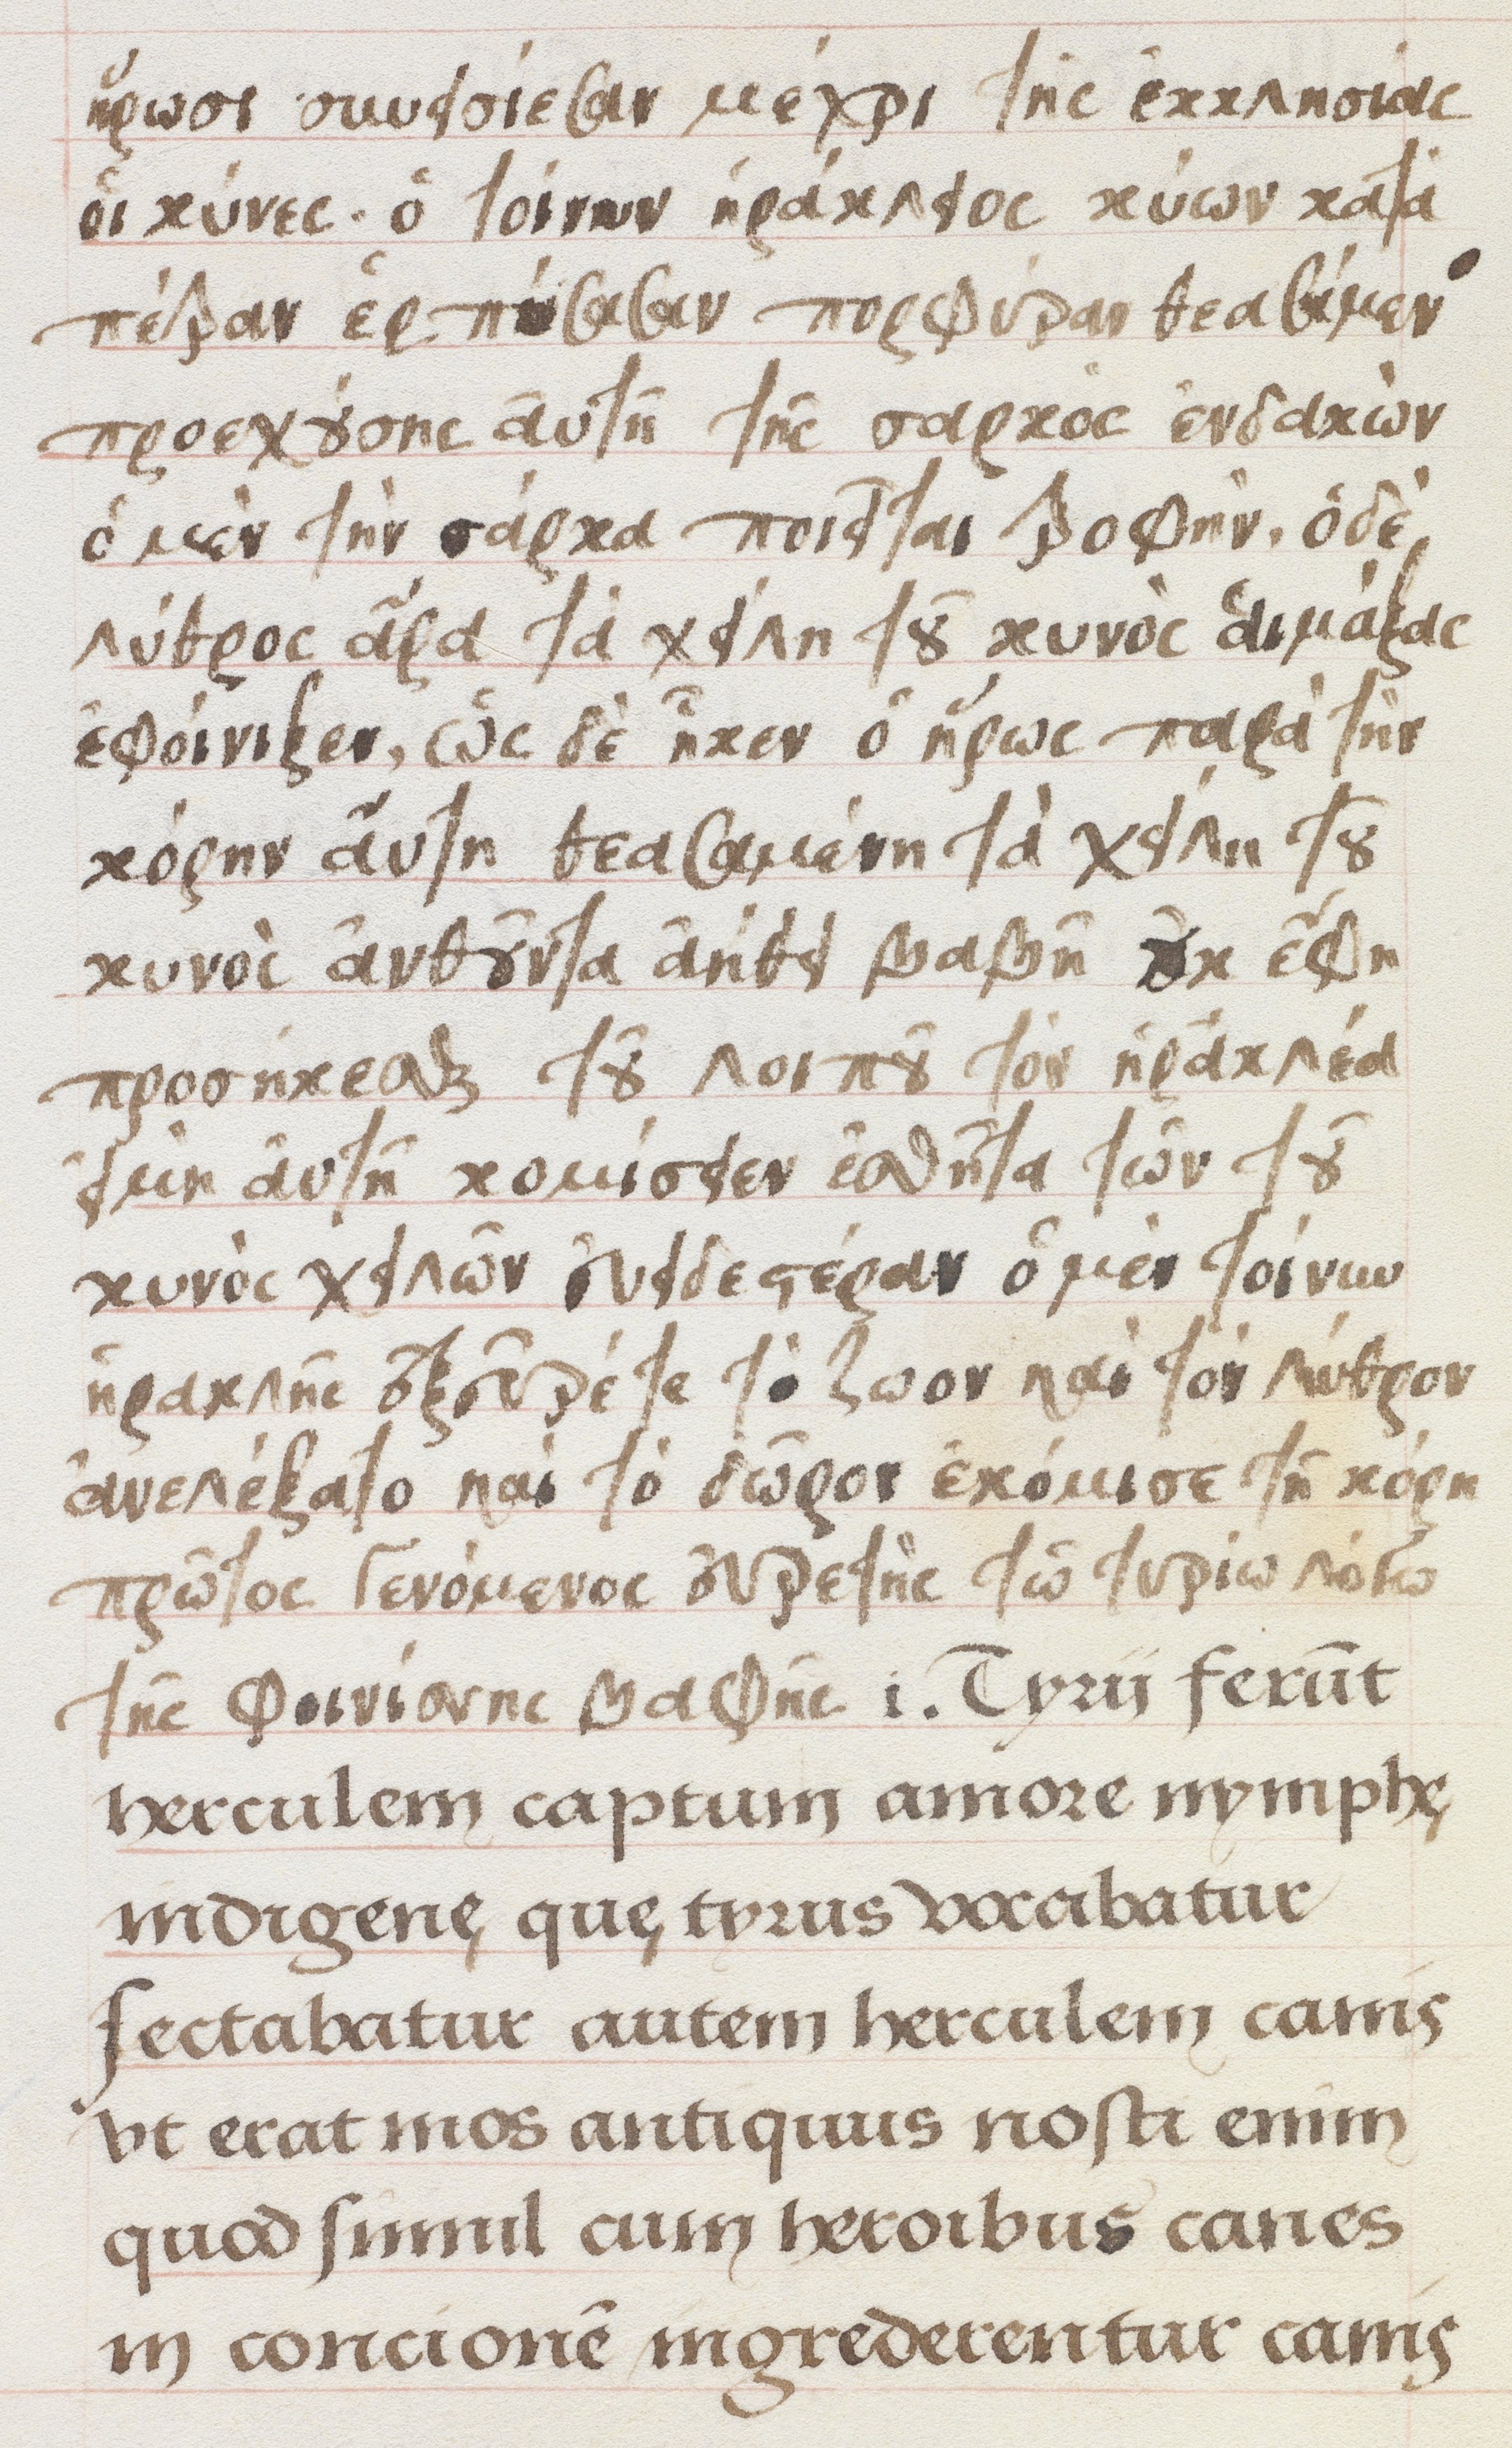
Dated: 1500–1549